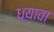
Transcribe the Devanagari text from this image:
ध्यावा